Calcutta medical institutions reports 1871-78
Year: 1871
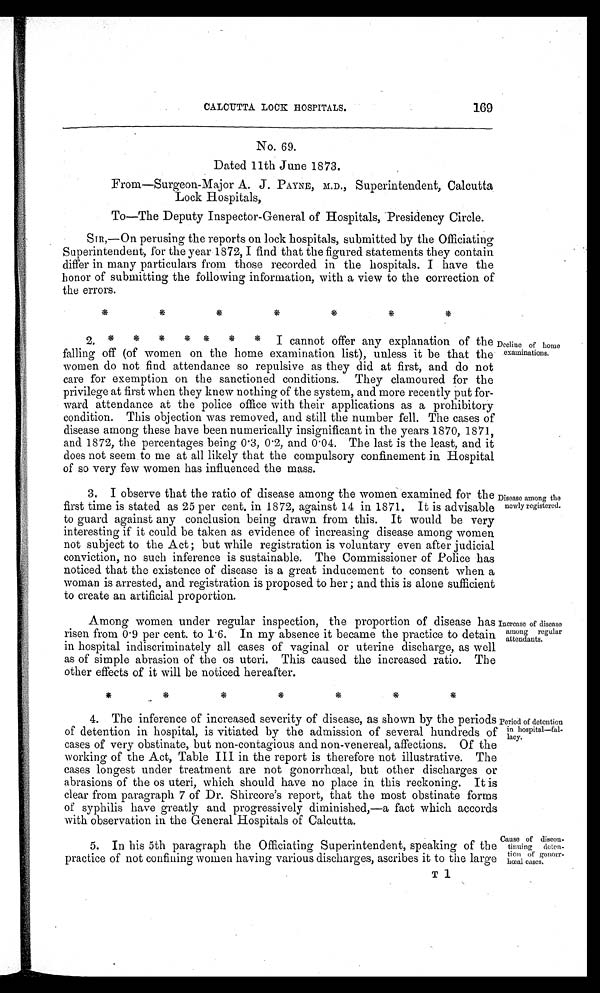
169
CALCUTTA LOCK HOSPITALS.
No. 69.
Dated 11th June 1873.
From—Surgeon-Major A. J. PAYNE, M.D., Superintendent, Calcutta
Lock Hospitals,
To—The Deputy Inspector-General of Hospitals, Presidency Circle.
SIR,—On perusing the reports on lock hospitals, submitted by the Officiating
Superintendent, for the year 1872, I find that the figured statements they contain
differ in many particulars from those recorded in the hospitals. I have the
honor of submitting the following information, with a view to the correction of
the errors.
*
*
*
*
* * *
2. * * * * * * * I cannot offer any explanation of the
falling off (of women on the home examination list), unless it be that the
women do not find attendance so repulsive as they did at first, and do not
care for exemption on the sanctioned conditions. They clamoured for the
privilege at first when they knew nothing of the system, and more recently put for-
ward attendance at the police office with their applications as a prohibitory
condition. This objection was removed, and still the number fell. The cases of
disease among these have been numerically insignificant in the years 1870, 1871,
and 1872, the percentages being 0.3, 0.2, and 0.04. The last is the least, and it
does not seem to me at all likely that the compulsory confinement in Hospital
of so very few women has influenced the mass.
3. I observe that the ratio of disease among the women examined for the
first time is stated as 25 per cent. in 1872, against 14 in 1871. It is advisable
to guard against any conclusion being drawn from this. It would be very
interesting if it could be taken as evidence of increasing disease among women
not subject to the Act; but while registration is voluntary even after judicial
conviction, no such inference is sustainable. The Commissioner of Police has
noticed that the existence of disease is a great inducement to consent when a
woman is arrested, and registration is proposed to her; and this is alone sufficient
to create an artificial proportion.
Decline of home
examinations.
Disease among the
newly registered.
Among women under regular inspection, the proportion of disease has
risen from 0.9 per cent. to 1.6. In my absence it became the practice to detain
in hospital indiscriminately all cases of vaginal or uterine discharge, as well
as of simple abrasion of the os uteri. This caused the increased ratio. The
other effects of it will be noticed hereafter.
*
*
*
*
*
*
*
Increase of disease
among regular
attendants.
4. The inference of increased severity of disease, as shown by the periods
of detention in hospital, is vitiated by the admission of several hundreds of
cases of very obstinate, but non-contagious and non-venereal, affections. Of the
working of the Act, Table III in the report is therefore not illustrative. The
cases longest under treatment are not gonorrhœal, but other discharges or
abrasions of the os uteri, which should have no place in this reckoning. It is
clear from paragraph 7 of Dr. Shircore's report, that the most obstinate forms
of syphilis have greatly and progressively diminished,—a fact which accords
with observation in the General Hospitals of Calcutta.
Period of detention
in hospital—fal-
lacy.
5. In his 5th paragraph the Officiating Superintendent, speaking of the
practice of not confining women having various discharges, ascribes it to the large
Cause of discon-
tinuing deten-
tion of
gonorrhœal cases.
T1